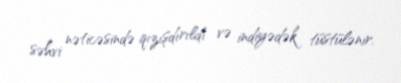
səhvi nəticəsində qızışdırıldı və indiyədək tüstülənir.